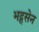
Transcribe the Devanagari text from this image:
भद्र्सेन